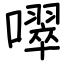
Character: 噿